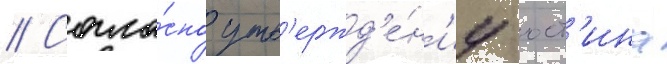
// Согла́сно утв'ержд'е́н'иу юст'ина